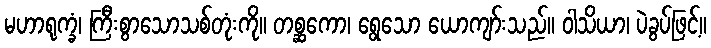
မဟာရုက္ခံ၊ ကြီးစွာသောသစ်တုံးကို။ တစ္ဆကော၊ ရွေသော ယောကျာ်းသည်။ ဝါသိယာ၊ ပဲခွပ်ဖြင့်။